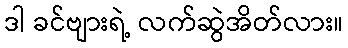
ဒါ ခင်ဗျားရဲ့ လက်ဆွဲအိတ်လား။